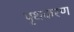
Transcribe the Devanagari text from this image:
पृथकरण